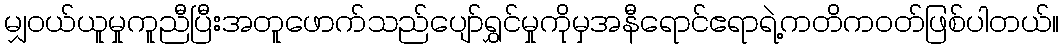
မျှဝယ်ယူမှုကူညီပြီးအတူဖောက်သည်ပျော်ရွှင်မှုကိုမှအနီရောင်ဧရာရဲ့ကတိကဝတ်ဖြစ်ပါတယ်။